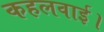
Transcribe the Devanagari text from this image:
कहलवाई।